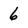
Character: 6